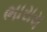
ભારાય